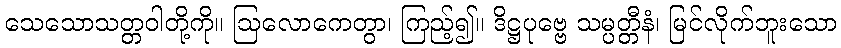
သေသောသတ္တဝါတို့ကို။ ဩလောကေတွာ၊ ကြည့်၍။ ဒိဋ္ဌပုဗ္ဗေ သမ္ပတ္တီနံ၊ မြင်လိုက်ဘူးသော